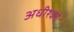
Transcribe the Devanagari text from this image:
अधीश्वरो